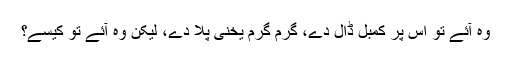
وہ آئے تو اس پر کمبل ڈال دے، گرم گرم یخنی پلا دے، لیکن وہ آئے تو کیسے؟